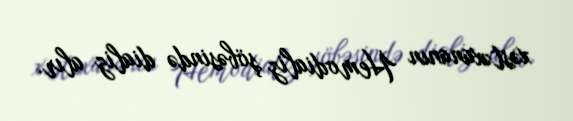
xəstəxananın Hemodializ şöbəsində dializ alır.